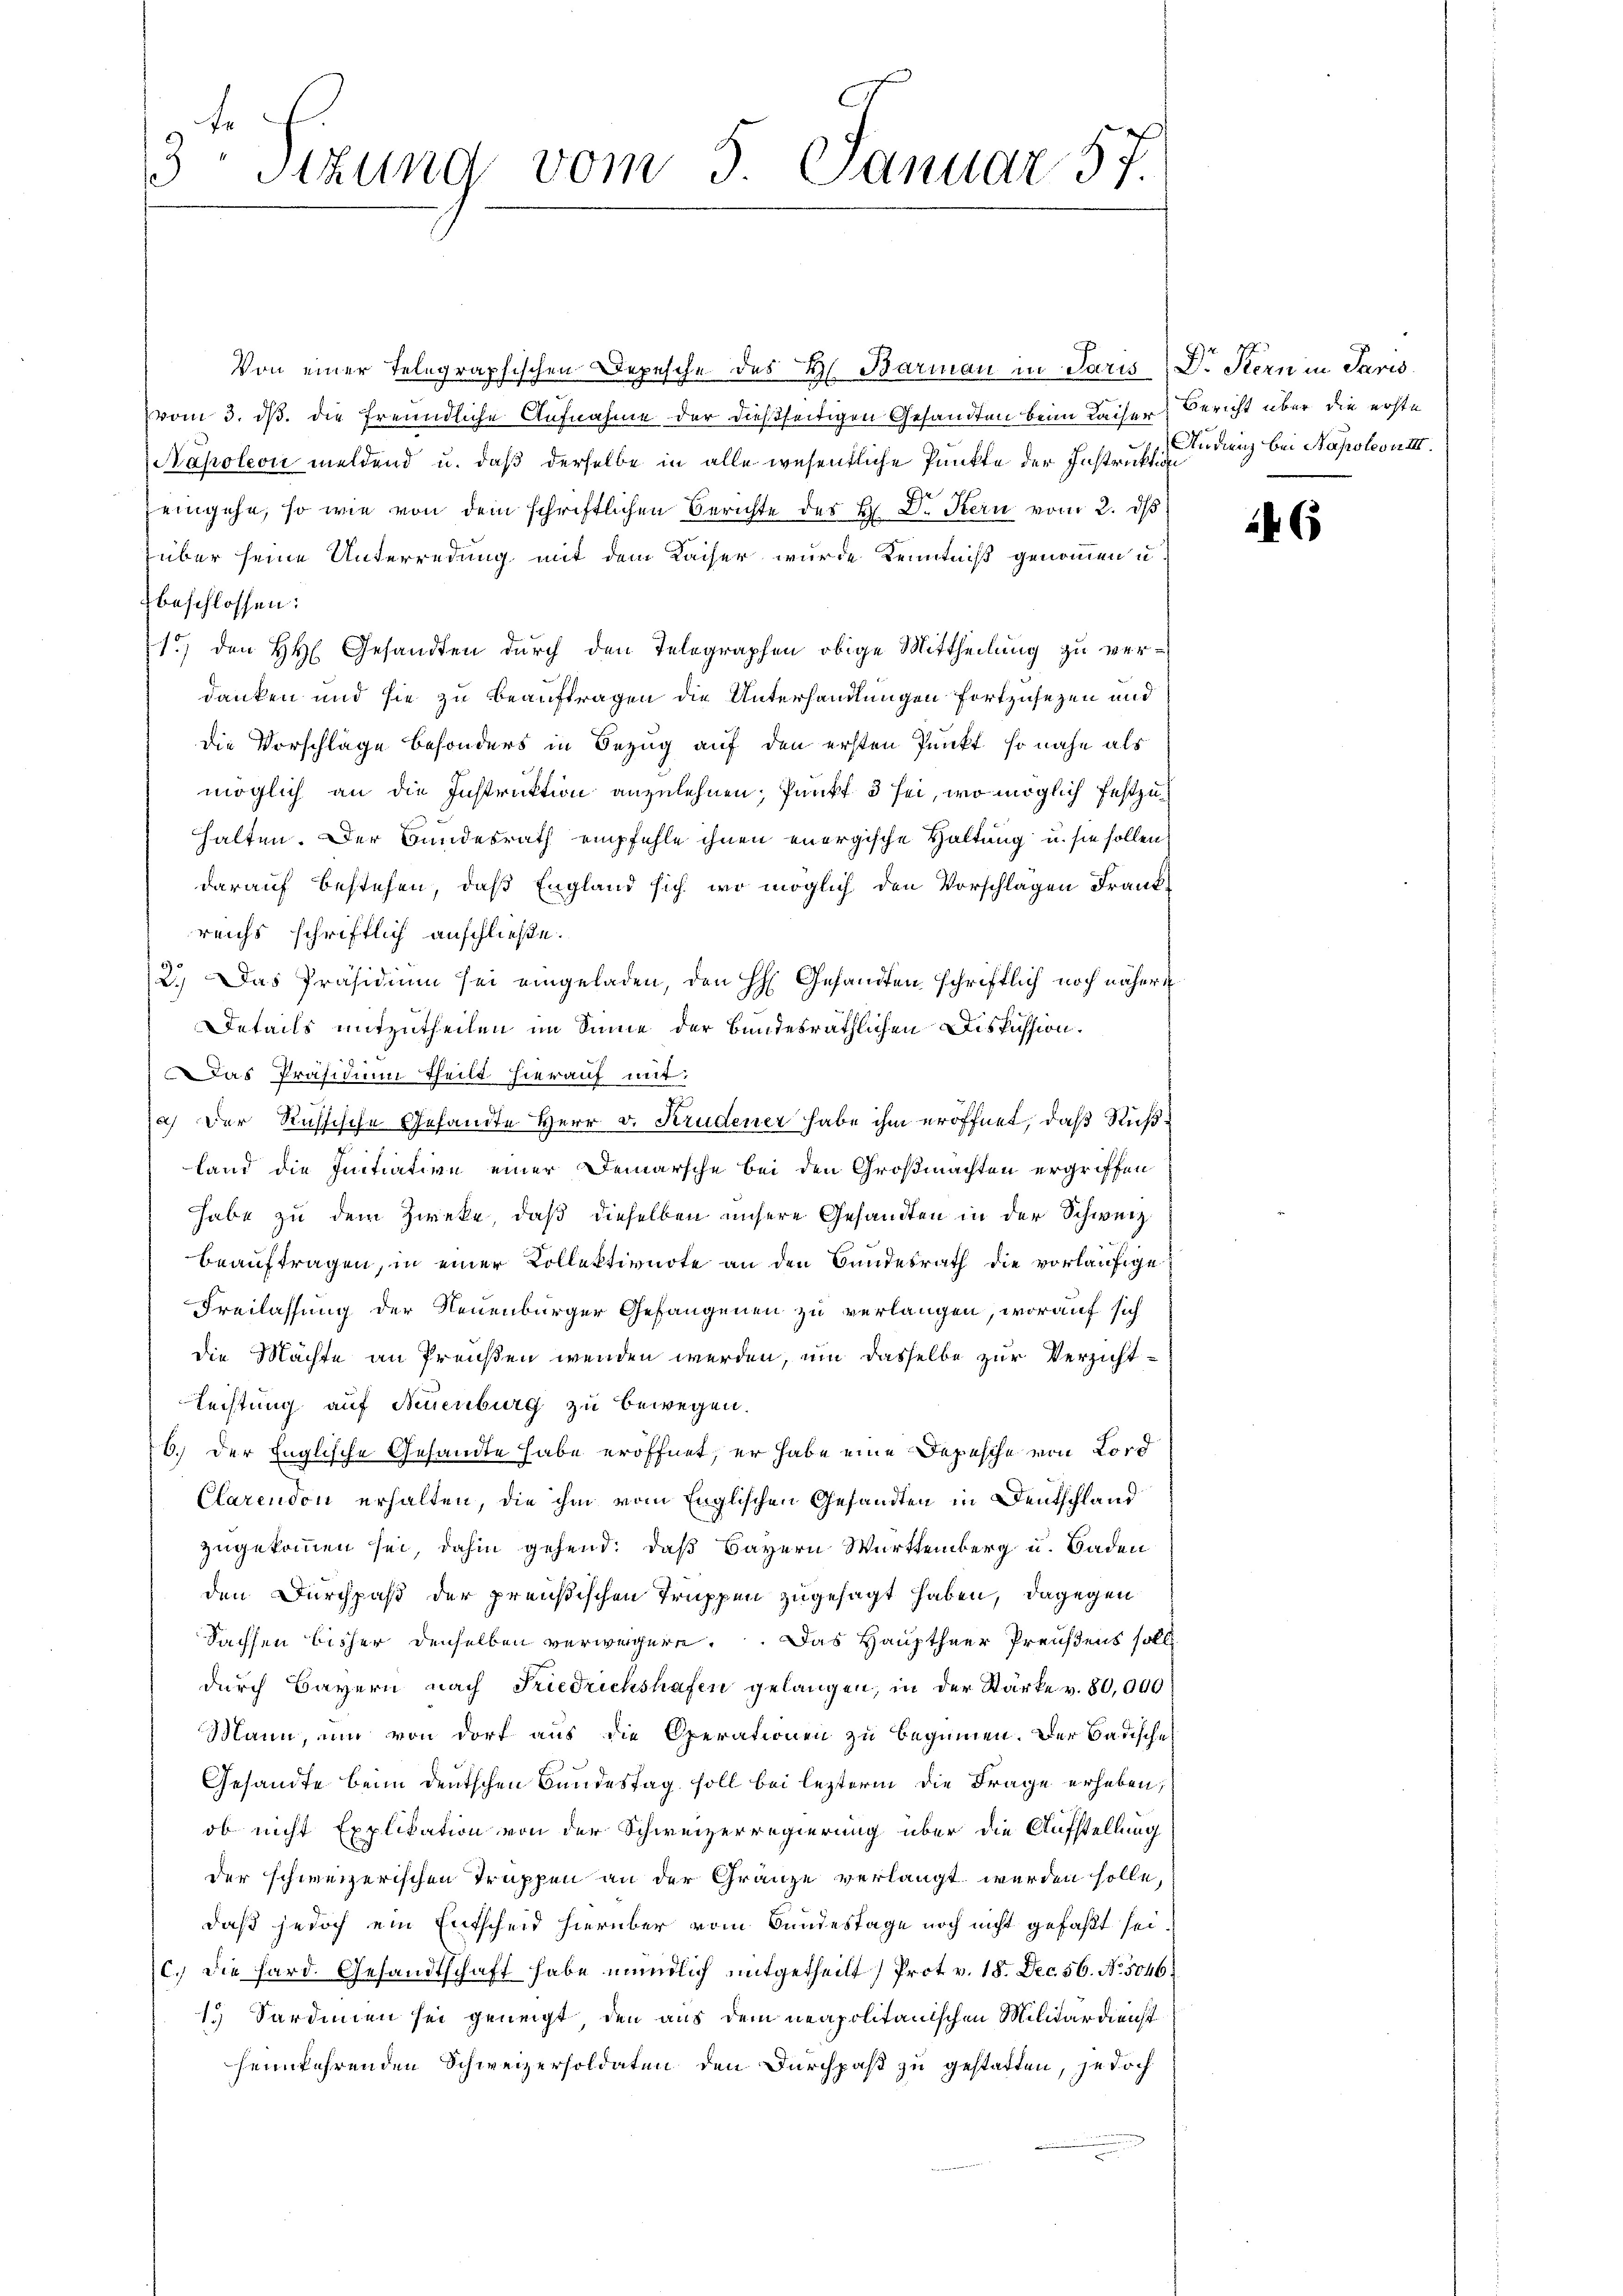
3
Sizung vom 5. Januar 57.

Von einer Telegraphischen Depesche des H. Barman in Paris Dr. Stern in Paris
vom 3. ds. die freundliche Aufnahme der dießseitigen Gesandten beim Kaiser, Bericht über die erste
Napoleon meldend u. daß derselbe in alle wesentliche Punkte der Instruktion
eingehe, so wie von dem schriftlichen Berichte der H. Dr. Stern vom 2. ds
über seine Unterredung mit dem Kaiser wurde Kenntniß genommen u
beschlossen:
1) den HH. Gesandten durch den Telegraphen obige Mittheilung zu verdanken und sie zu beauftragen die Unterhandlungen fortzusezen und
die Vorschläge besonders in Bezug auf den ersten Punkt, so nahe als
möglich an die Instruktion anzulehnen, Punkt 3 sei, wo möglich festzuhalten. Der Bundesrath empfehle ihnen energische Haltung u. sie sollen
darauf bestehen, daß England sich wo möglich den Vorschlägen Frank
reichs schriftlich anschließe.
2.) Das Präsidium sei eingeladen, den H: Gesandten schriftlich noch nähere
Details mitzutheilen im Sinne der Bundesräthlichen Diskussion.
Das Präsidium theilt hierauf mit:
a) der Russische Gesandte Herr v. Krudener habe ihm eröffnet, daß Ruß¬
Land die Initiative einer Demarsche bei den Großmachten ergriffen
habe zu dem Zweke, daß dieselben unsere Gesandten in der Schweiz
beauftragen, in einer Kollektivnote an den Bundesrath die vorläufige
Freilassung der Neuenburger Gefangenen zu verlangen, worauf sich
die Mächte an Preußen wenden werden, um dasselbe zur Verzicht-
Rechtung auf Neuenburg zu bewegen.
6. Der Englische Gesandte habe eröffnet, er habe eine Depesche von Lord
Clarendon erhalten, die ihm vom Englischen Gesandten in Deutschland
zugekommen sei, dahin gehend: daß Bayern Württemberg u. Baden
den Durchpaß der preußischen Truppen zugesagt haben, dagegen
Sachsen bisher denselben verweigere. Das Hauptherr Preußens soll
durch Bayern nach Friedrichshafen gelangen, in der Stärke v. 80,000
Mann, um von dort aus die Operationen zu beginnen. Der Badische
Gesandte beim deutschen Bundestag soll bei lezterm die Frage erheben,
ob nicht Explikation von der Schweizerregierung über die Aufstellung
der schweizerischen Truppen an der Gränze verlangt werden solle,
daß jedoch ein Entscheid hierüber vom Bundestage noch nicht gefaßt sei.
c.) Die Hard. Gesandtschaft habe mündlich mitgetheilt (Prot v. 18. Dec. 56. No. 5046.
1.) Sardinien sei geneigt, den aus dem neapolitanischen Militärdienst
heimkehrenden Schweizersoldaten den Durchpaß zu gestatten, jedoch

Andrenz bei Napoleon III.

2

6